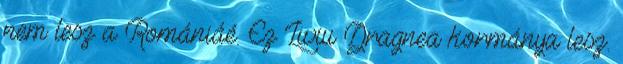
nem lesz a Romániáé. Ez Liviu Dragnea kormánya lesz.